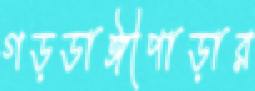
গড়ডাঙ্গীপাড়ার